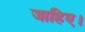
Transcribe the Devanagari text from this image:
जाहिए।